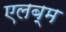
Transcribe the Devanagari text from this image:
एलब्म